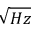
\sqrt { H z }